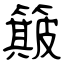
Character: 簸